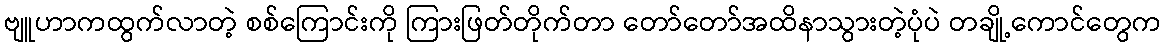
ဗျူဟာကထွက်လာတဲ့ စစ်ကြောင်းကို ကြားဖြတ်တိုက်တာ တော်တော်အထိနာသွားတဲ့ပုံပဲ တချို့ကောင်တွေက